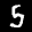
Label: 5